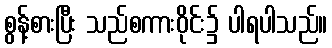
စွန့်စားပြီး သည်စကားဝိုင်း၌ ပါရပါသည်။